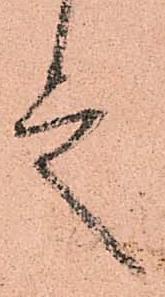
言